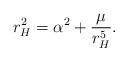
LaTeX: \begin{align*}r_{H}^{2}=\alpha ^{2}+\frac{\mu }{r_{H}^{5}}.\end{align*}